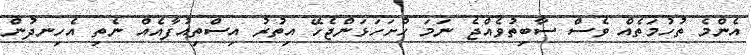
އެންމެ ތުހުމަތެއް ވެސް ސާބިތުވެއްޖެ ނަމަ ހުށަހަޅަންޖެހޭ އިތުރު އިސްތިއުފާއެއް ނެތި އެހިނދުން